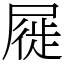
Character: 屣